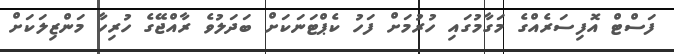
ފަސްޓް އޮފިސަރެއްގެ މަގާމުގައި ހުރުމަށް ފަހު ކެޕްޓަނަކަށް ބަދަލުވެ ރާއްޖޭގެ ހުރިހާ މަންޒިލަކަށް